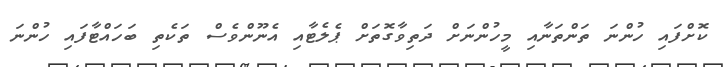
ކޮށްފައި ހުންނަ ތަންތަނާއި މީހުންނަށް ދަތިވާގޮތަށް ޕެލެޓާއި އެނޫންވެސް ތަކެތި ބަހައްޓާފައި ހުންނަ